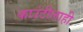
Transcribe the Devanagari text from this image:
काउंटीलाही